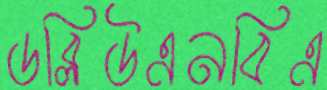
ডব্লিউএনবিএ